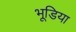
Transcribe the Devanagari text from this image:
भूडि़या